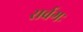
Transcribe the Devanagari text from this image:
सर्वगः